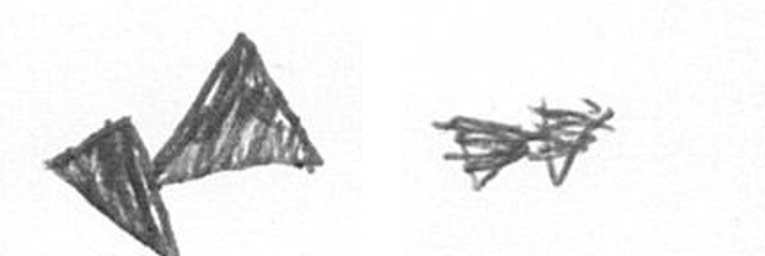
F A